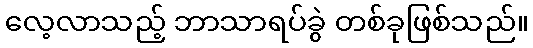
လေ့လာသည့် ဘာသာရပ်ခွဲ တစ်ခုဖြစ်သည်။